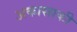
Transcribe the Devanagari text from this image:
अकासाकी